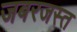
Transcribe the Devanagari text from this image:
जबरजस्त